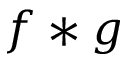
f * g